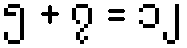
၅ + ၇ = ၁၂